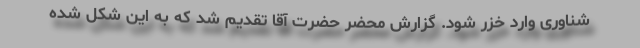
شناوری وارد خزر شود. گزارش محضر حضرت آقا تقدیم شد که به این شکل شده